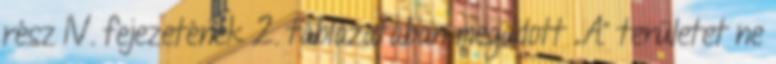
rész IV. fejezetének 2. táblázatában megadott „A” területet ne